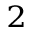
_ 2